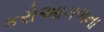
કરોઆગળના